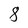
Character: 8